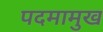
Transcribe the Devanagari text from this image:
पदमामुख